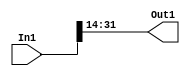
// -------------------------------------------------------------
// 
// 
// Generated by MATLAB 8.2 and HDL Coder 3.3
// 
// -------------------------------------------------------------


// -------------------------------------------------------------
// 
// Module: controllerHdl_Convert_Data_Type_block
// Source Path: controllerHdl/Field_Oriented_Control/Open_Loop_Control/Generate_Position_And_Voltage_Ramp/Rotor_To_Electical_Velocity/Convert_Data_Type
// Hierarchy Level: 6
// 
// -------------------------------------------------------------

`timescale 1 ns / 1 ns

module controllerHdl_Convert_Data_Type_block
          (
           In1,
           Out1
          );


  input   signed [31:0] In1;  // sfix32_En22
  output  signed [17:0] Out1;  // sfix18_En8


  wire signed [17:0] Data_Type_Conversion_out1;  // sfix18_En8


  // <S32>/Data Type Conversion
  assign Data_Type_Conversion_out1 = In1[31:14];



  assign Out1 = Data_Type_Conversion_out1;

endmodule  // controllerHdl_Convert_Data_Type_block